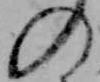
の